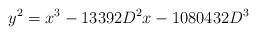
LaTeX: \begin{align*}y^2 = x^3 - 13392D^2x - 1080432D^3\end{align*}